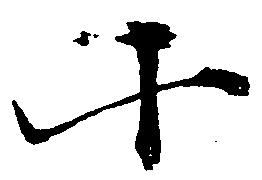
十